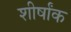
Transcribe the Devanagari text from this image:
शीर्षांक